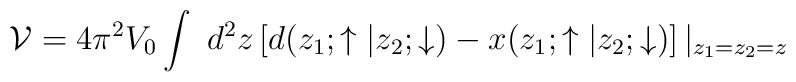
{\cal V}  = 4\pi^2 V_0  \int {{\ d^2 z }}  \left[ d(z_1 ;\uparrow|z_2; \downarrow) - x(z_1;\uparrow | z_2; \downarrow) \right]|_{z_1 = z_2 =z}